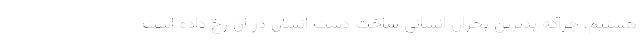
هستیم، چراکه بدترین بحران انسانی ساخت دست انسان در آن رخ داده است